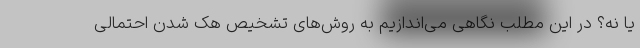
یا نه؟ در این مطلب نگاهی می‌اندازیم به روش‌های تشخیص هک شدن احتمالی